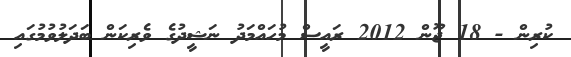
ކުރިން - 18 ޖޫން 2012 ރައީސް މުހައްމަދު ނަޝީދުގެ ވެރިކަން ބަދަލުވުމުގައި